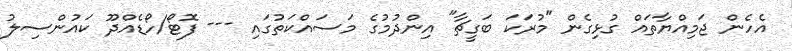
އެހެން ޖަމިއްޔާތައް ގުޅިގެން "މުރަކަ ބަގީޗާ" އިންދުމުގެ މަސައްކަތުގައި --- ފޮޓޯ/ހޯޑެއްދޫ ކައުންސިލު